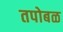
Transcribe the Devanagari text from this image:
तपोबळ